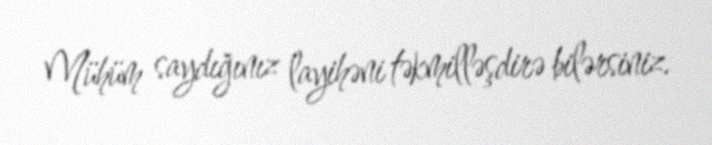
Mühüm saydığınız layihəni təkmilləşdirə bilərsiniz.